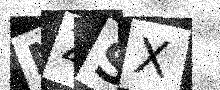
Text: MZSX